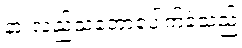
နားလည်သဘောပေါက်ခဲ့သည်